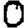
Digit: 0